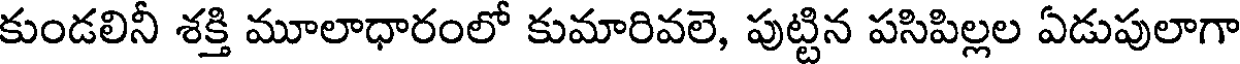
కుండలినీ శక్తి మూలాధారంలో కుమారివలె, పుట్టిన పసిపిల్లల ఏడుపులాగా